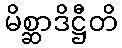
မိစ္ဆာဒိဋ္ဌီတိ